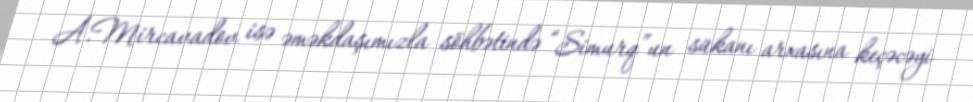
A.Mircavadov isə əməkdaşımızla söhbətində “Simurq”un sükanı arxasına keçəcəyi